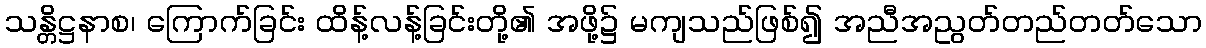
သန္တိဋ္ဌနာစ၊ ကြောက်ခြင်း ထိန့်လန့်ခြင်းတို့၏ အဖို့၌ မကျသည်ဖြစ်၍ အညီအညွတ်တည်တတ်သော